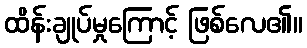
ထိန်းချုပ်မှုကြောင့် ဖြစ်လေ၏။